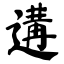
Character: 遘